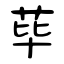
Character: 荜